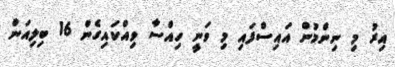
އިރު މި ނިންމުން އައިސްފައި މި ވަނީ ހިއްސާ ވިއްކައިގެން 16 ބިލިއަން